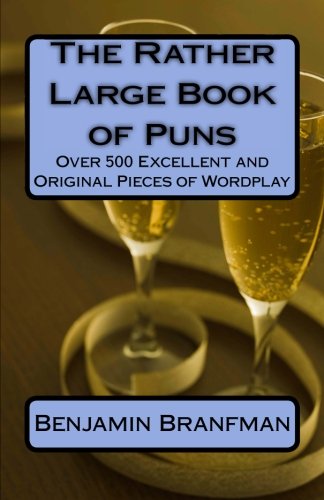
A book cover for The Rather Large Book of Puns: Over 500 Excellent and Original Pieces of Wordplay; Benjamin Branfman; Humor & Entertainment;